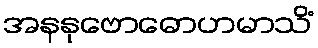
အနနုဗောဓောဟမာသိံ